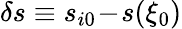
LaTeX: \delta s\equiv s_{i0}\! -\! s(\xi_{0})